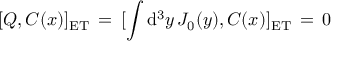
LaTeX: [ Q , C ( x ) ] _ { \mathrm { E T } } \, = \, [ \int \mathrm { d } ^ { 3 } y \, J _ { 0 } ( y ) , C ( x ) ] _ { \mathrm { E T } } \, = \, 0